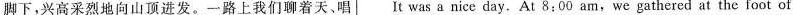
脚下，兴高采烈地向山顶进发。一路上我们聊着天、唱 It was a nice day.At 8:00 am: we gathered at the foot of